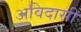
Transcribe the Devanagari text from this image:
अविदासी